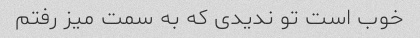
خوب است تو ندیدی که به سمت میز رفتم